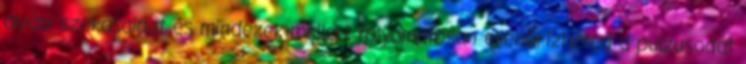
alvási szokásaidat és mindezek mellett folyamatosan ellenőrizheted a pulzusodat